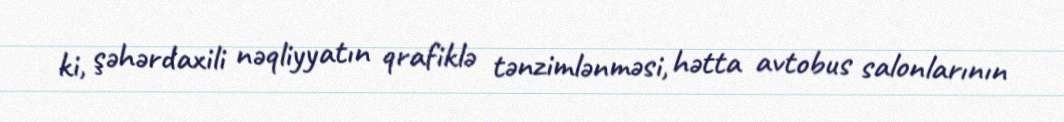
ki, şəhərdaxili nəqliyyatın qrafiklə tənzimlənməsi, hətta avtobus salonlarının